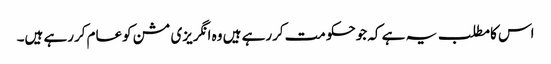
اس کامطلب یہ ہے کہ جوحکومت کررہے ہیں وہ انگریزی مشن کوعام کررہے ہیں۔